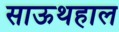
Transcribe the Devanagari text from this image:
साऊथहाल